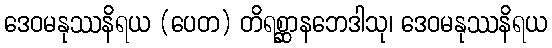
ဒေဝမနုဿနိရယ (ပေတ) တိရစ္ဆာနဘေဒါသု၊ ဒေဝမနုဿနိရယ